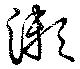
漱